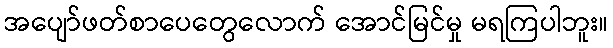
အပျော်ဖတ်စာပေတွေလောက် အောင်မြင်မှု မရကြပါဘူး။